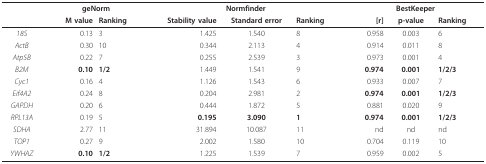
<table><thead><tr><td></td><td colspan="2"><b>geNorm</b></td><td colspan="3"><b>Normfinder</b></td><td colspan="3"><b>BestKeeper</b></td></tr><tr><td></td><td><b>M value</b></td><td><b>Ranking</b></td><td><b>Stability value</b></td><td><b>Standard error</b></td><td><b>Ranking</b></td><td><b>[r]</b></td><td><b>p-value</b></td><td><b>Ranking</b></td></tr></thead><tbody><tr><td><i>18S</i></td><td>0.13</td><td>3</td><td>1.425</td><td>1.540</td><td>8</td><td>0.958</td><td>0.003</td><td>6</td></tr><tr><td><i>ActB</i></td><td>0.30</td><td>10</td><td>0.344</td><td>2.113</td><td>4</td><td>0.914</td><td>0.011</td><td>8</td></tr><tr><td><i>Atp5B</i></td><td>0.22</td><td>7</td><td>0.255</td><td>2.539</td><td>3</td><td>0.973</td><td>0.001</td><td>4</td></tr><tr><td><i>B2M</i></td><td><b>0.10</b></td><td><b>1/2</b></td><td>1.449</td><td>1.541</td><td>9</td><td><b>0.974</b></td><td><b>0.001</b></td><td><b>1/2/3</b></td></tr><tr><td><i>Cyc1</i></td><td>0.16</td><td>4</td><td>1.126</td><td>1.543</td><td>6</td><td>0.933</td><td>0.007</td><td>7</td></tr><tr><td><i>Eif4A2</i></td><td>0.24</td><td>8</td><td>0.204</td><td>2.981</td><td>2</td><td><b>0.974</b></td><td><b>0.001</b></td><td><b>1/2/3</b></td></tr><tr><td><i>GAPDH</i></td><td>0.20</td><td>6</td><td>0.444</td><td>1.872</td><td>5</td><td>0.881</td><td>0.020</td><td>9</td></tr><tr><td><i>RPL13A</i></td><td>0.19</td><td>5</td><td><b>0.195</b></td><td><b>3.090</b></td><td><b>1</b></td><td><b>0.974</b></td><td><b>0.001</b></td><td><b>1/2/3</b></td></tr><tr><td><i>SDHA</i></td><td>2.77</td><td>11</td><td>31.894</td><td>10.087</td><td>11</td><td>nd</td><td>nd</td><td>nd</td></tr><tr><td><i>TOP1</i></td><td>0.27</td><td>9</td><td>2.002</td><td>1.580</td><td>10</td><td>0.704</td><td>0.119</td><td>10</td></tr><tr><td><i>YWHAZ</i></td><td><b>0.10</b></td><td><b>1/2</b></td><td>1.225</td><td>1.539</td><td>7</td><td>0.959</td><td>0.002</td><td>5</td></tr></tbody></table>